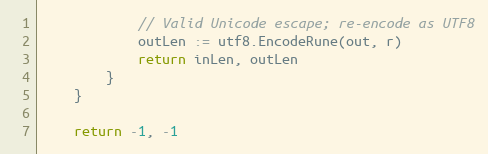
Language: Go
			// Valid Unicode escape; re-encode as UTF8
			outLen := utf8.EncodeRune(out, r)
			return inLen, outLen
		}
	}

	return -1, -1